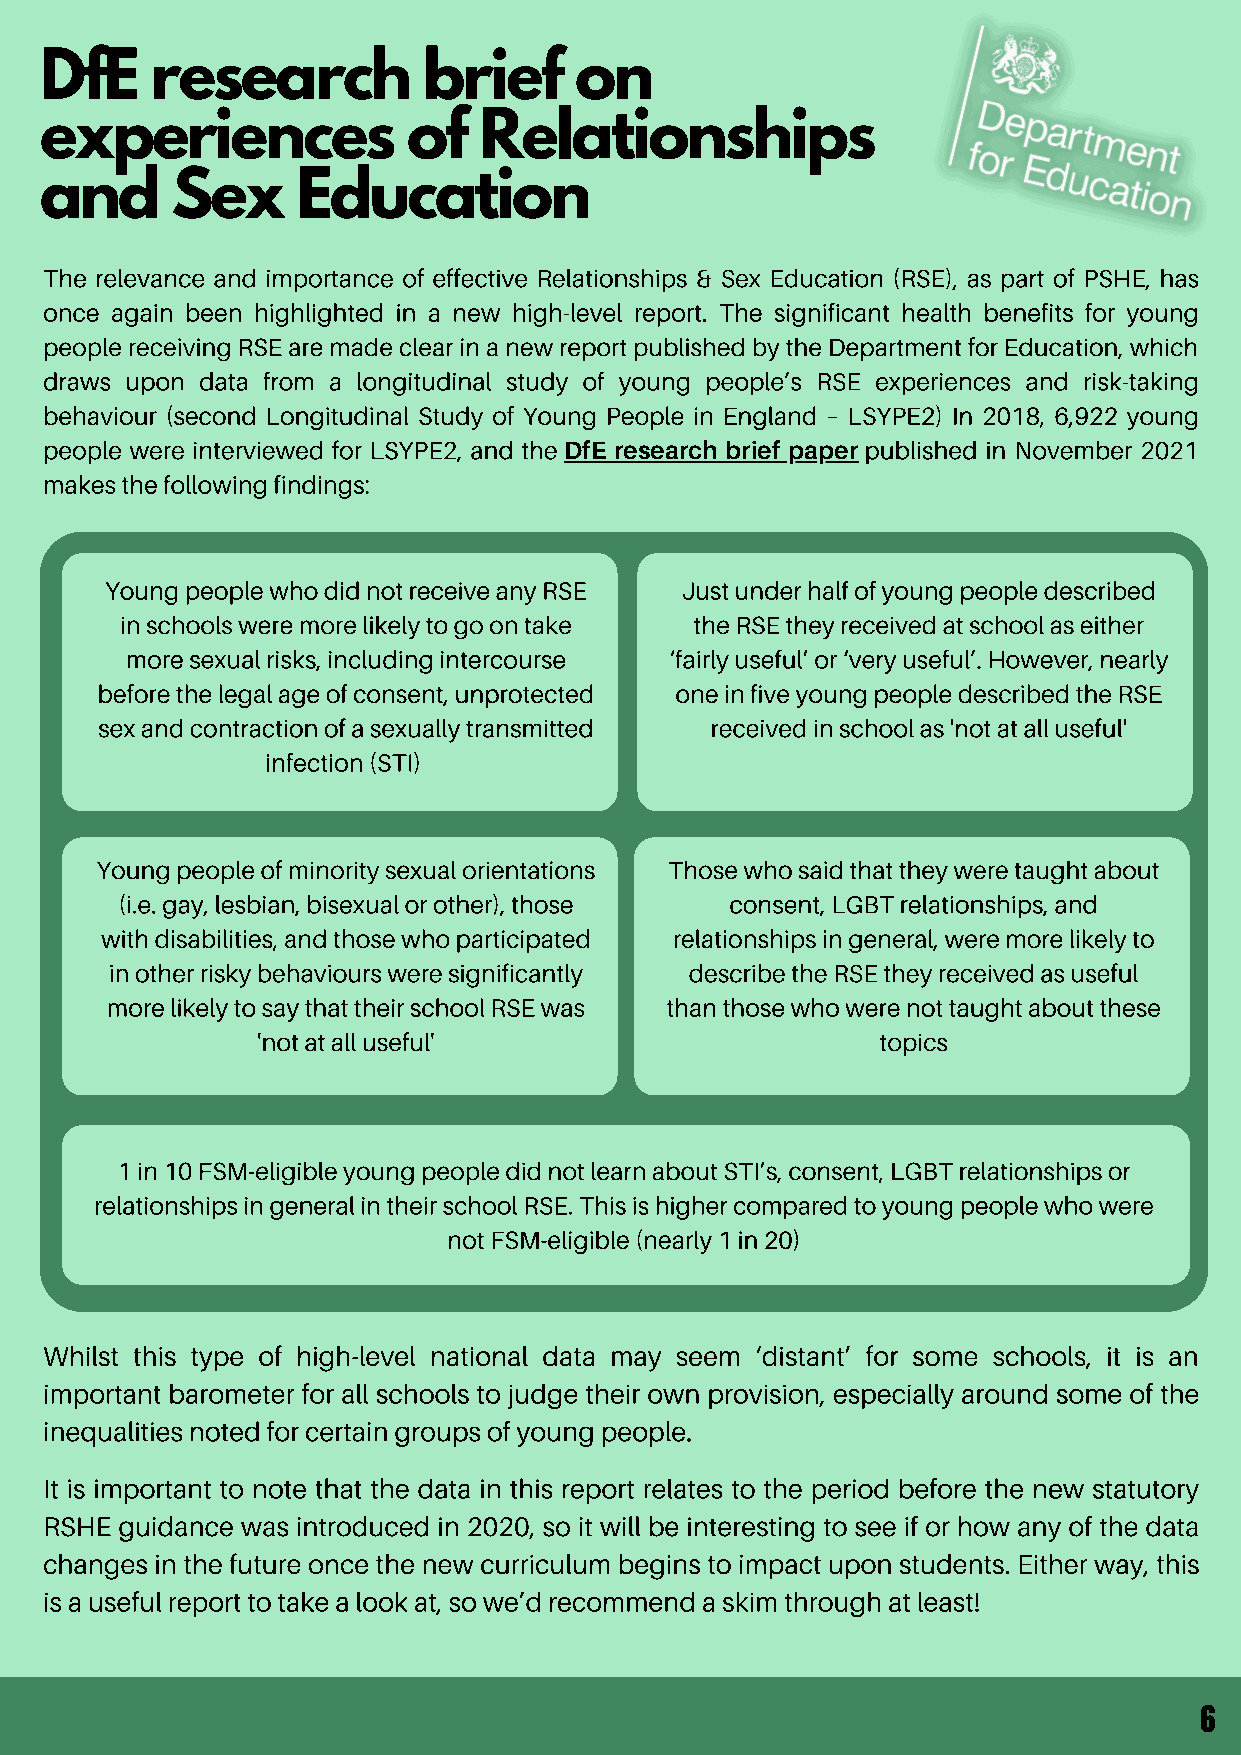
DfE    research          brief     on
 experiences             of   Relationships
 and     Sex      Education
 The relevance and importance of effective Relationships & Sex Education (RSE), as part of PSHE, has
 once again been highlighted in a new high-level report. The significant health benefits for young
 people receiving RSE are made clear in a new report published by the Department for Education, which
 draws upon data from a longitudinal study of young people’s RSE experiences and risk-taking
 behaviour (second Longitudinal Study of Young People in England – LSYPE2) In 2018, 6,922 young
 people were interviewed for LSYPE2, and the DfE research brief paper published in November 2021
 makes the following findings:
 Young people who did not receive any RSE Just under half of young people described
 in schools were more likely to go on take the RSE they received at school as either
 more sexual risks, including intercourse ‘fairly useful’ or ‘very useful’. However, nearly
 before the legal age of consent, unprotected one in five young people described the RSE
 sex and contraction of a sexually transmitted received in school as 'not at all useful'
 infection (STI)
 Young people of minority sexual orientations Those who said that they were taught about
 (i.e. gay, lesbian, bisexual or other), those consent, LGBT relationships, and
 with disabilities, and those who participated relationships in general, were more likely to
 in other risky behaviours were significantly describe the RSE they received as useful
 more likely to say that their school RSE was than those who were not taught about these
 'not at all useful'                      topics
 1 in 10 FSM-eligible young people did not learn about STI’s, consent, LGBT relationships or
 relationships in general in their school RSE. This is higher compared to young people who were
 not FSM-eligible (nearly 1 in 20)
 Whilst this type of high-level national data may seem ‘distant’ for some schools, it is an
 important barometer for all schools to judge their own provision, especially around some of the
 inequalities noted for certain groups of young people.
 It is important to note that the data in this report relates to the period before the new statutory
 RSHE guidance was introduced in 2020, so it will be interesting to see if or how any of the data
 changes in the future once the new curriculum begins to impact upon students. Either way, this
 is a useful report to take a look at, so we’d recommend a skim through at least!
 6